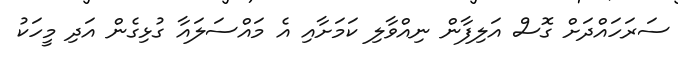
ސަރަހައްދަށް ގޮސް އަލިފާން ނިއްވާލި ކަމަށާއި އެ މައްސަލައާ ގުޅިގެން އަދި މީހަކު